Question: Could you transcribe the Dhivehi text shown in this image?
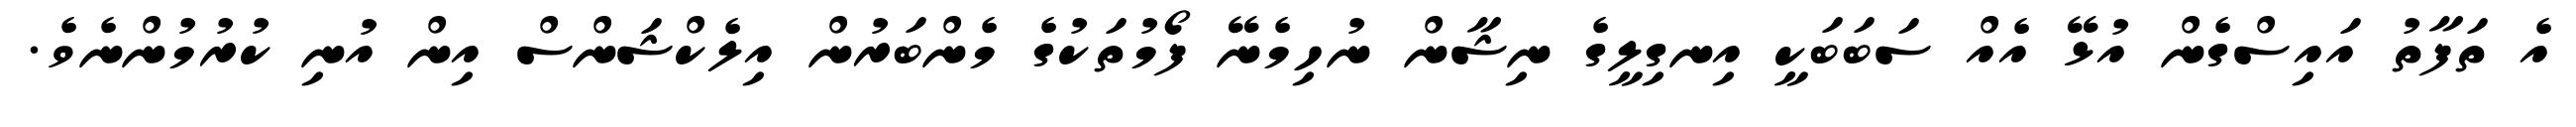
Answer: އެ ތަފާތު އައިސްގެން އުޅޭ އެއް ސަބަބަކީ އިނގިލީގެ ނިޝާން ނުހިމެނޭ ފޯމުތަކުގެ މެންބަރުން އިލެކްޝަންސް އިން އުނި ކުރުމުންނެވެ.